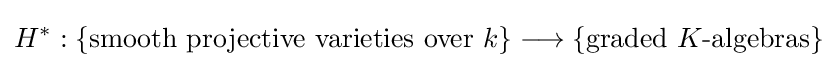
H^{*}:\{{\text{smooth projective varieties over }}k\}\longrightarrow \{{\text{graded }}K{\text{-algebras}}\}